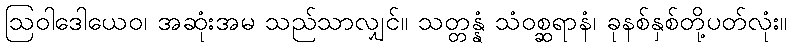
ဩဝါဒေါယေဝ၊ အဆုံးအမ သည်သာလျှင်။ သတ္တန္နံ သံဝစ္ဆရာနံ၊ ခုနစ်နှစ်တို့ပတ်လုံး။